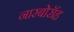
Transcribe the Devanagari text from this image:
नारबोरॉह